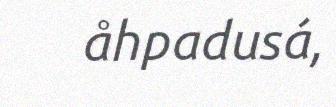
åhpadusá,